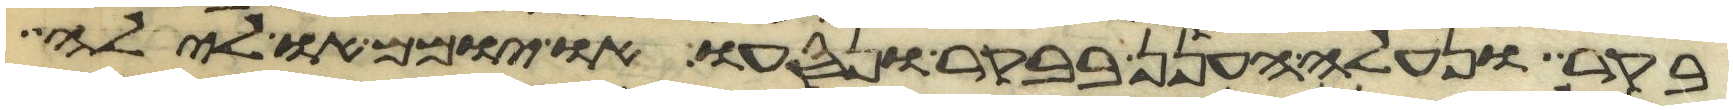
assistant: בקר ונעלה הענן בבקר ונסעו או יומם ולילה